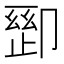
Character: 𫧽